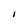
Character: I